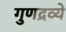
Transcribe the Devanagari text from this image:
गुणद्रव्ये